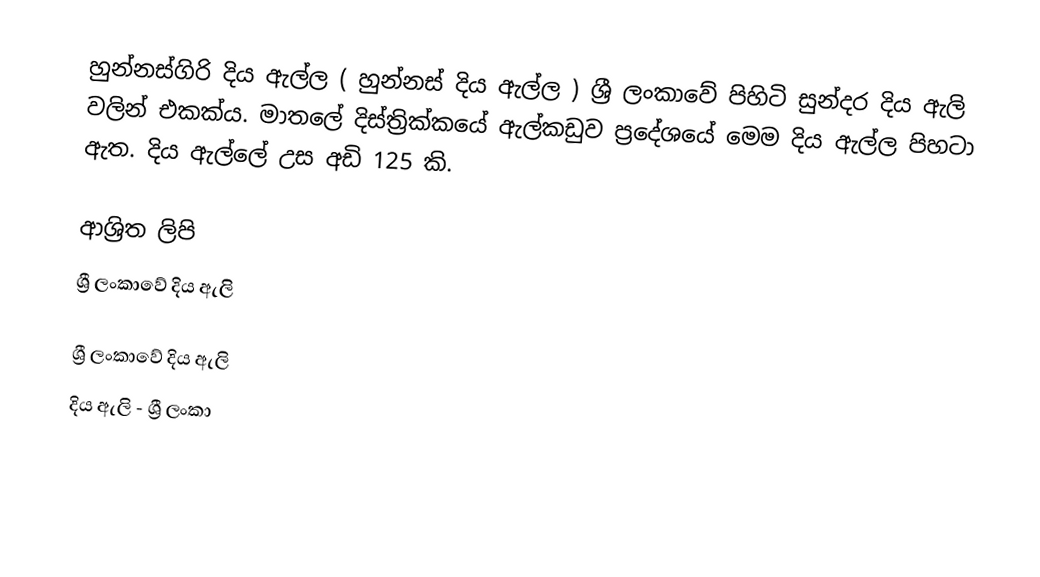
හුන්නස්ගිරි දිය ඇල්ල ( හුන්නස් දිය ඇල්ල )  ශ්‍රී ලංකාවේ පිහිටි සුන්දර දිය ඇලි වලින් එකක්ය. මාතලේ දිස්ත්‍රික්කයේ ඇල්කඩුව ප්‍රදේශයේ මෙම දිය ඇල්ල පිහටා ඇත. දිය ඇල්ලේ උස අඩි 125 කි.

ආශ්‍රිත ලිපි
 ශ්‍රී ලංකාවේ දිය ඇලි‎

ශ්‍රී ලංකාවේ දිය ඇලි
දිය ඇලි - ශ්‍රී ලංකා